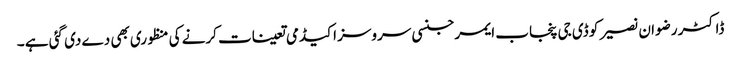
ڈاکٹر رضوان نصیر کو ڈی جی پنجاب ایمرجنسی سروسز اکیڈمی تعینات کرنے کی منظوری بھی دے دی گئی ہے ۔